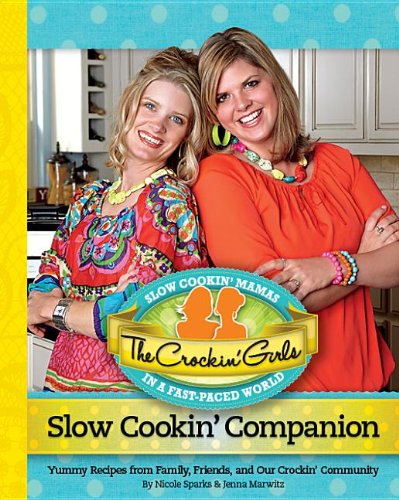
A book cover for The Crockin' Girls Slow Cookin' Companion: Yummy Recipes from Family, Friends, and Our Crockin' Community; Nicole Sparks; Cookbooks, Food & Wine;